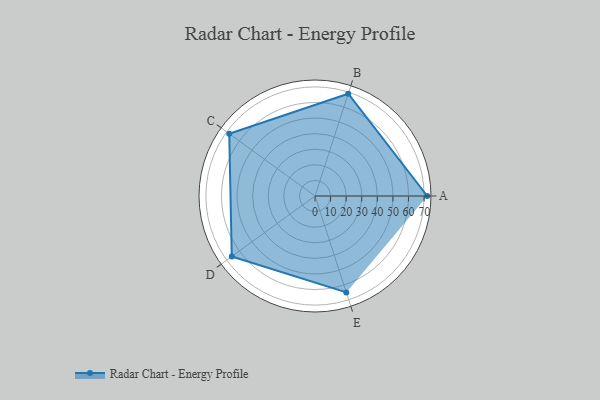
{"axis": {"x": "Skill", "y": "Score"}, "legend": ["Profile"], "data": [{"x": "A", "y": 72.0, "type": "Profile"}, {"x": "B", "y": 69.0, "type": "Profile"}, {"x": "C", "y": 68.0, "type": "Profile"}, {"x": "D", "y": 66.0, "type": "Profile"}, {"x": "E", "y": 65.0, "type": "Profile"}]}